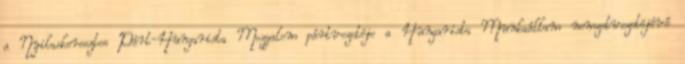
a Nyilaskeresztes Párt-Hungarista Mozgalom pártvezetõje a Hungarista Munkaállam nemzetvezetõjévé